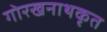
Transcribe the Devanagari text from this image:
गोरखनाथकृत